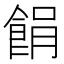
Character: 䬼